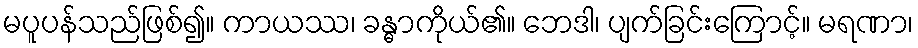
မပူပန်သည်ဖြစ်၍။ ကာယဿ၊ ခန္ဓာကိုယ်၏။ ဘေဒါ၊ ပျက်ခြင်းကြောင့်။ မရဏာ၊